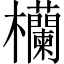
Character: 欗